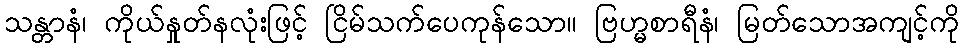
သန္တာနံ၊ ကိုယ်နှုတ်နလုံးဖြင့် ငြိမ်သက်ပေကုန်သော။ ဗြဟ္မစာရီနံ၊ မြတ်သောအကျင့်ကို